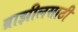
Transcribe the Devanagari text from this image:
ब्राझीलसाठी